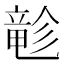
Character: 𲎬